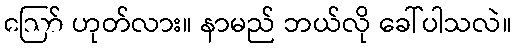
ဪ ဟုတ်လား။ နာမည် ဘယ်လို ခေါ်ပါသလဲ။